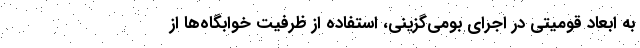
به ابعاد قومیتی در اجرای بومی‌گزینی، استفاده از ظرفیت خوابگاه‌ها از